Triennial report on the lunatic asylums in the province of Eastern Bengal and Assam - 1903-1911
Year: 1903
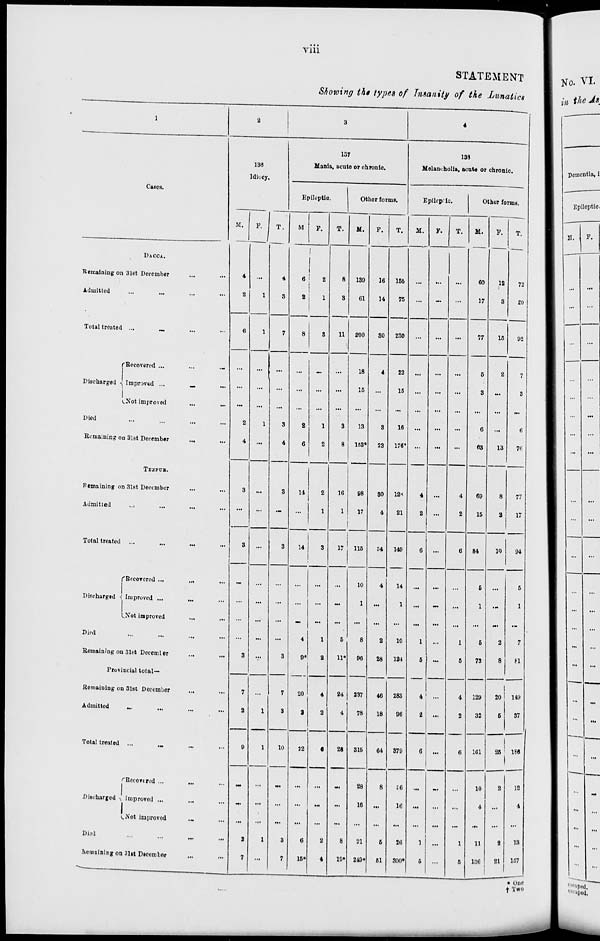
viii
STATEMENT
Showing the types of Insanity of the Lunatics
1
Cases.
DACCA.
Remaining on 31st December ... ...
Admitted ... ... ... ...
Total treated ...
... ... ...
Discharged
Recovered ...
...
...
Improved ...
...
...
Not improved
...
...
Died ... ... ... ...
Remaining on 31st December
... ...
TEZPUR.
Remaining on 31st December ... ...
Admitted ... ... ... ...
Total treated ... ... ... ...
Discharged
Recovered ...
...
...
Improved ... ... ...
Not improved ... ...
Died ... ... ... ...
Remaining on 31st December
...
...
Provincial total—
Remaining on 31st December
...
...
Admitted
...
...
...
...
Total treated ... ... ... ...
Discharged
Recovered ...
...
Improved ...
...
Not improved
... ...
Died
...
...
...
...
Remaining on 31st December ... ...
2
136
Idiocy.
M.
4
2
6
...
...
...
2
4
3
...
3
...
...
...
...
3
7
2
9
...
...
...
2
7
F.
...
1
1
. . .
...
...
1
...
...
...
...
...
...
...
...
...
...
1
1
...
...
...
1
...
T.
4
3
7
...
...
...
3
4
3
...
3
...
...
...
...
3
7
3
10
...
...
...
3
7
3
137
Mania, acute or chronic.
Epileptic.
M.
6
2
8
...
...
...
2
6
14
...
14
...
...
...
4
9*
20
2
22
...
...
...
6
15*
F.
2
1
3
...
...
...
1
2
2
1
3
...
...
...
1
2
4
2
6
...
...
...
2
4
T.
8
3
11
...
...
...
3
8
16
1
17
...
...
...
5
11*
24
4
28
...
...
...
8
19*
Other forms.
M.
139
61
200
18
15
...
13
153*
98
17
115
10
1
...
8
96
237
78
315
28
16
...
21
249*
F.
16
14
30
4
...
...
3
23
30
4
34
4
...
...
2
28
46
18
64
8
...
...
5
51
T.
155
75
230
22
15
...
16
176*
128
21
149
14
1
...
10
124
283
96
379
36
16
...
26
300*
4
138
Melancholia, acute or chronic.
Epileptic.
M.
...
...
...
...
...
...
...
...
4
2
6
...
...
...
1
5
4
2
6
...
...
...
1
5
F.
...
...
...
...
...
...
...
...
...
...
...
...
...
...
...
...
...
...
...
...
...
...
...
...
T.
...
...
...
...
...
...
...
...
4
2
6
...
...
...
1
5
4
2
6
...
...
...
1
5
Other forms.
M.
60
17
77
5
3
...
6
63
69
15
84
5
1
...
5
73
129
32
161
10
4
...
11
136
F.
12
3
15
2
...
...
...
13
8
2
10
...
...
...
2
8
20
5
25
2
...
...
2
21
T.
72
20
92
7
3
...
6
76
77
17
94
5
1
...
7
81
149
37
186
12
4
...
13
157
* One
† Two